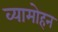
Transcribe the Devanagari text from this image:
व्यामोहन